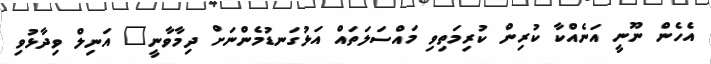
އެހެން ނޫނީ އަނެއްކާ ކުރިން ކުރިމަތިވި މައްސަލަތައް އަޅުގަނޑުމެންނަށް ދިމާވާނީ" އަނިލް ވިދާޅުވި